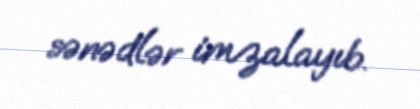
sənədlər imzalayıb.